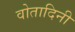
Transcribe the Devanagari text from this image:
वोतादिनी